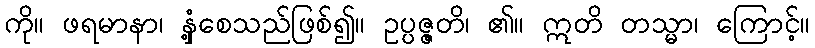
ကို။ ဖရမာနာ၊ နှံ့စေသည်ဖြစ်၍။ ဥပ္ပဇ္ဇတိ၊ ၏။ ဣတိ တသ္မာ၊ ကြောင့်။